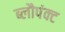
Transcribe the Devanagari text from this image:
ब्लौपंक्ट